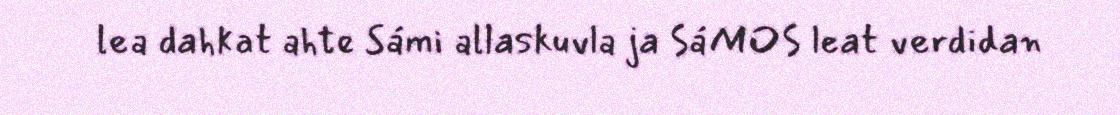
lea dahkat ahte Sámi allaskuvla ja SáMOS leat verdidan